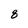
Character: 8